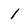
Character: 1